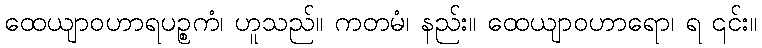
ထေယျာဝဟာရပဉ္စကံ၊ ဟူသည်။ ကတမံ၊ နည်း။ ထေယျာဝဟာရော၊ ရ ၎င်း။